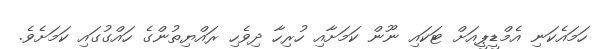
ހަމައެކަނި އެމްޑީޕީއަށް ޓަކައި ނޫން ކަމަށާއި ހުރިހާ ދިވެހި ރައްޔިތުންގެ ހައްގުގައި ކަމަށެވެ.